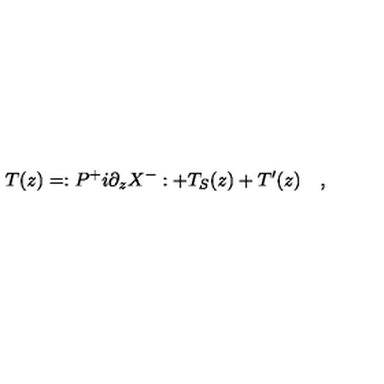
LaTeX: T ( z ) = : P ^ { + } i \partial _ { z } X ^ { - } : + T _ { S } ( z ) + T ^ { \prime } ( z ) \quad ,